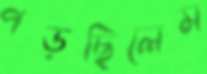
পড়ছিলেম